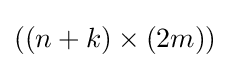
((n+k)\times (2m))